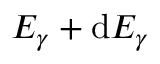
E _ { \gamma } + \mathrm { d } E _ { \gamma }